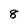
Character: 8